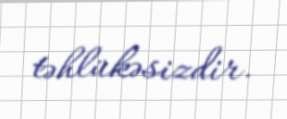
təhlükəsizdir.